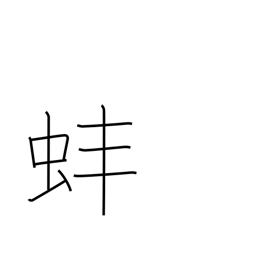
Meaning: clam